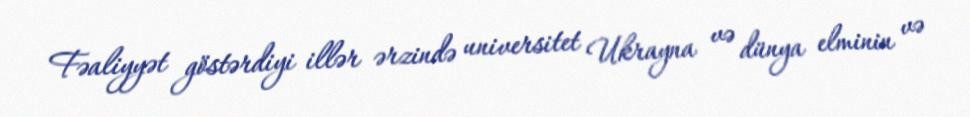
Fəaliyyət göstərdiyi illər ərzində universitet Ukrayna və dünya elminin və